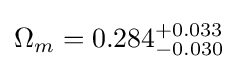
\Omega _{m}=0.284_{-0.030}^{+0.033}